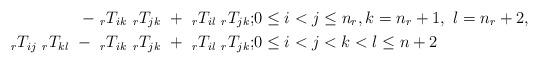
LaTeX: \begin{align*} -\ {_rT_{ik}}\ {_rT_{jk}}\ +\ {_rT_{il}}\ {_rT_{jk}}; & 0\le i<j\le n_r,k=n_r+1,\ l= n_r+2,\\ {_rT_{ij}}\ {_rT_{kl}}\ -\ {_rT_{ik}}\ {_rT_{jk}}\ +\ {_rT_{il}}\ {_rT_{jk}}; & 0\le i<j< k<l\le n+2 \end{align*}